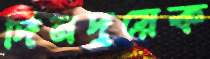
দিনদুয়েক